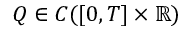
Q \in C ( [ 0 , T ] \times \mathbb { R } )